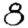
Digit: 8